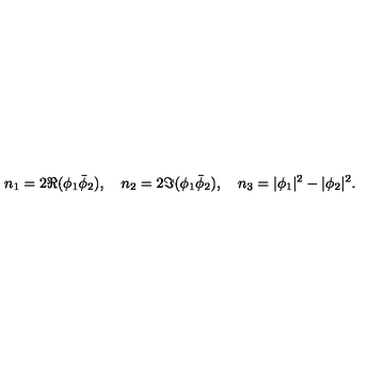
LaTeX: n _ { 1 } = 2 \Re ( \phi _ { 1 } \bar { \phi } _ { 2 } ) , \quad n _ { 2 } = 2 \Im ( \phi _ { 1 } \bar { \phi } _ { 2 } ) , \quad n _ { 3 } = | \phi _ { 1 } | ^ { 2 } - | \phi _ { 2 } | ^ { 2 } .